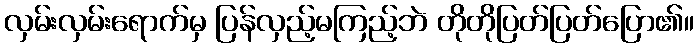
လှမ်းလှမ်းရောက်မှ ပြန်လှည့်မကြည့်ဘဲ တိုတိုပြတ်ပြတ်ပြော၏။